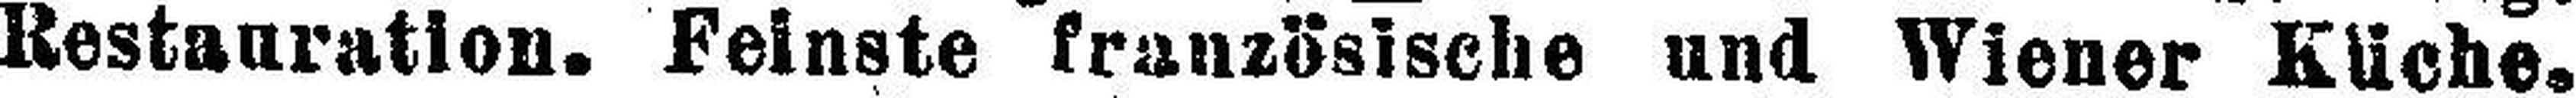
Restauration. Feinste französische und Wiener Küche.